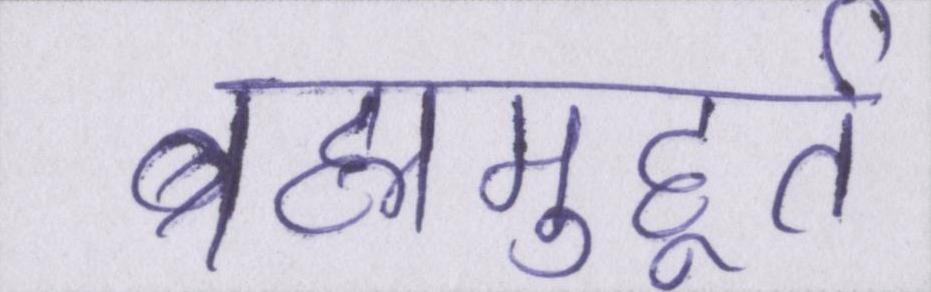
ब्रह्ममुहूर्त